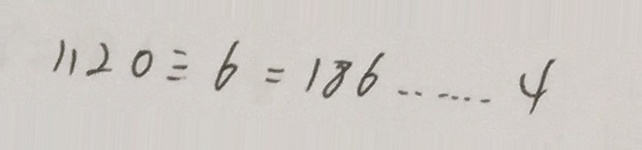
1 1 2 0 \div 6 = 1 8 6 \cdots 4